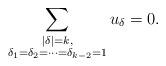
LaTeX: \begin{align*}\sum_{\substack{|\delta|=k,\\\delta_{1}=\delta_{2}=\cdots=\delta_{k-2}=1}}u_{\delta}=0.\end{align*}